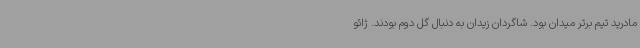
مادرید تیم برتر میدان بود. شاگردان زیدان به دنبال گل دوم بودند. ژائو